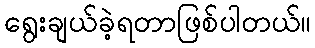
ရွေးချယ်ခဲ့ရတာဖြစ်ပါတယ်။